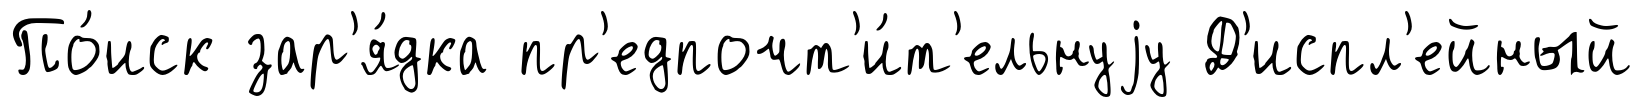
По́иск зар'я́дка пр'едпочт'и́т'ельнуjу Д'испл'ейный